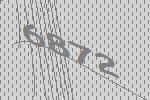
6872